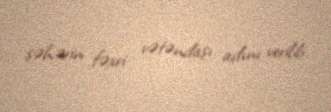
şəhərin fəxri vətəndaşı adını verilib.